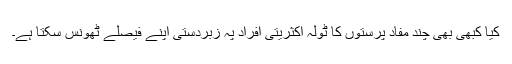
کیا کبھی بھی چند مفاد پرستوں کا ٹولہ اکثریتی افراد پہ زبردستی اپنے فیصلے ٹھونس سکتا ہے۔